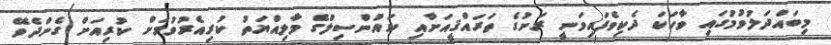
މިބައްދަލުވުމުގައި ވާހަކަ ދެކިވެފައިވަނީ ރަށުގެ ތަރައްޤީއަށާއި ކައުންސިލްގެ މާލިއްޔަތު ކުރިއެރުވުމަށް ކުރިއަށް ގެންދެވޭ